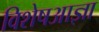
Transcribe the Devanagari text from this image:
विशेषआज्ञा